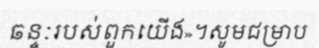
ឆន្ទៈរបស់ពួកយើង»។សូមជម្រាប